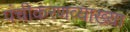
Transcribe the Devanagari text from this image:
पंचीकरणव्याख्या